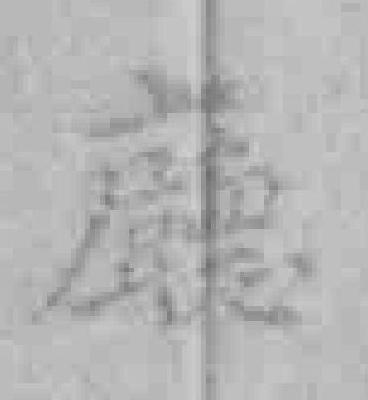
廳